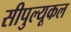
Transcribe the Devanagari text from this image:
सीपुल्यूकल